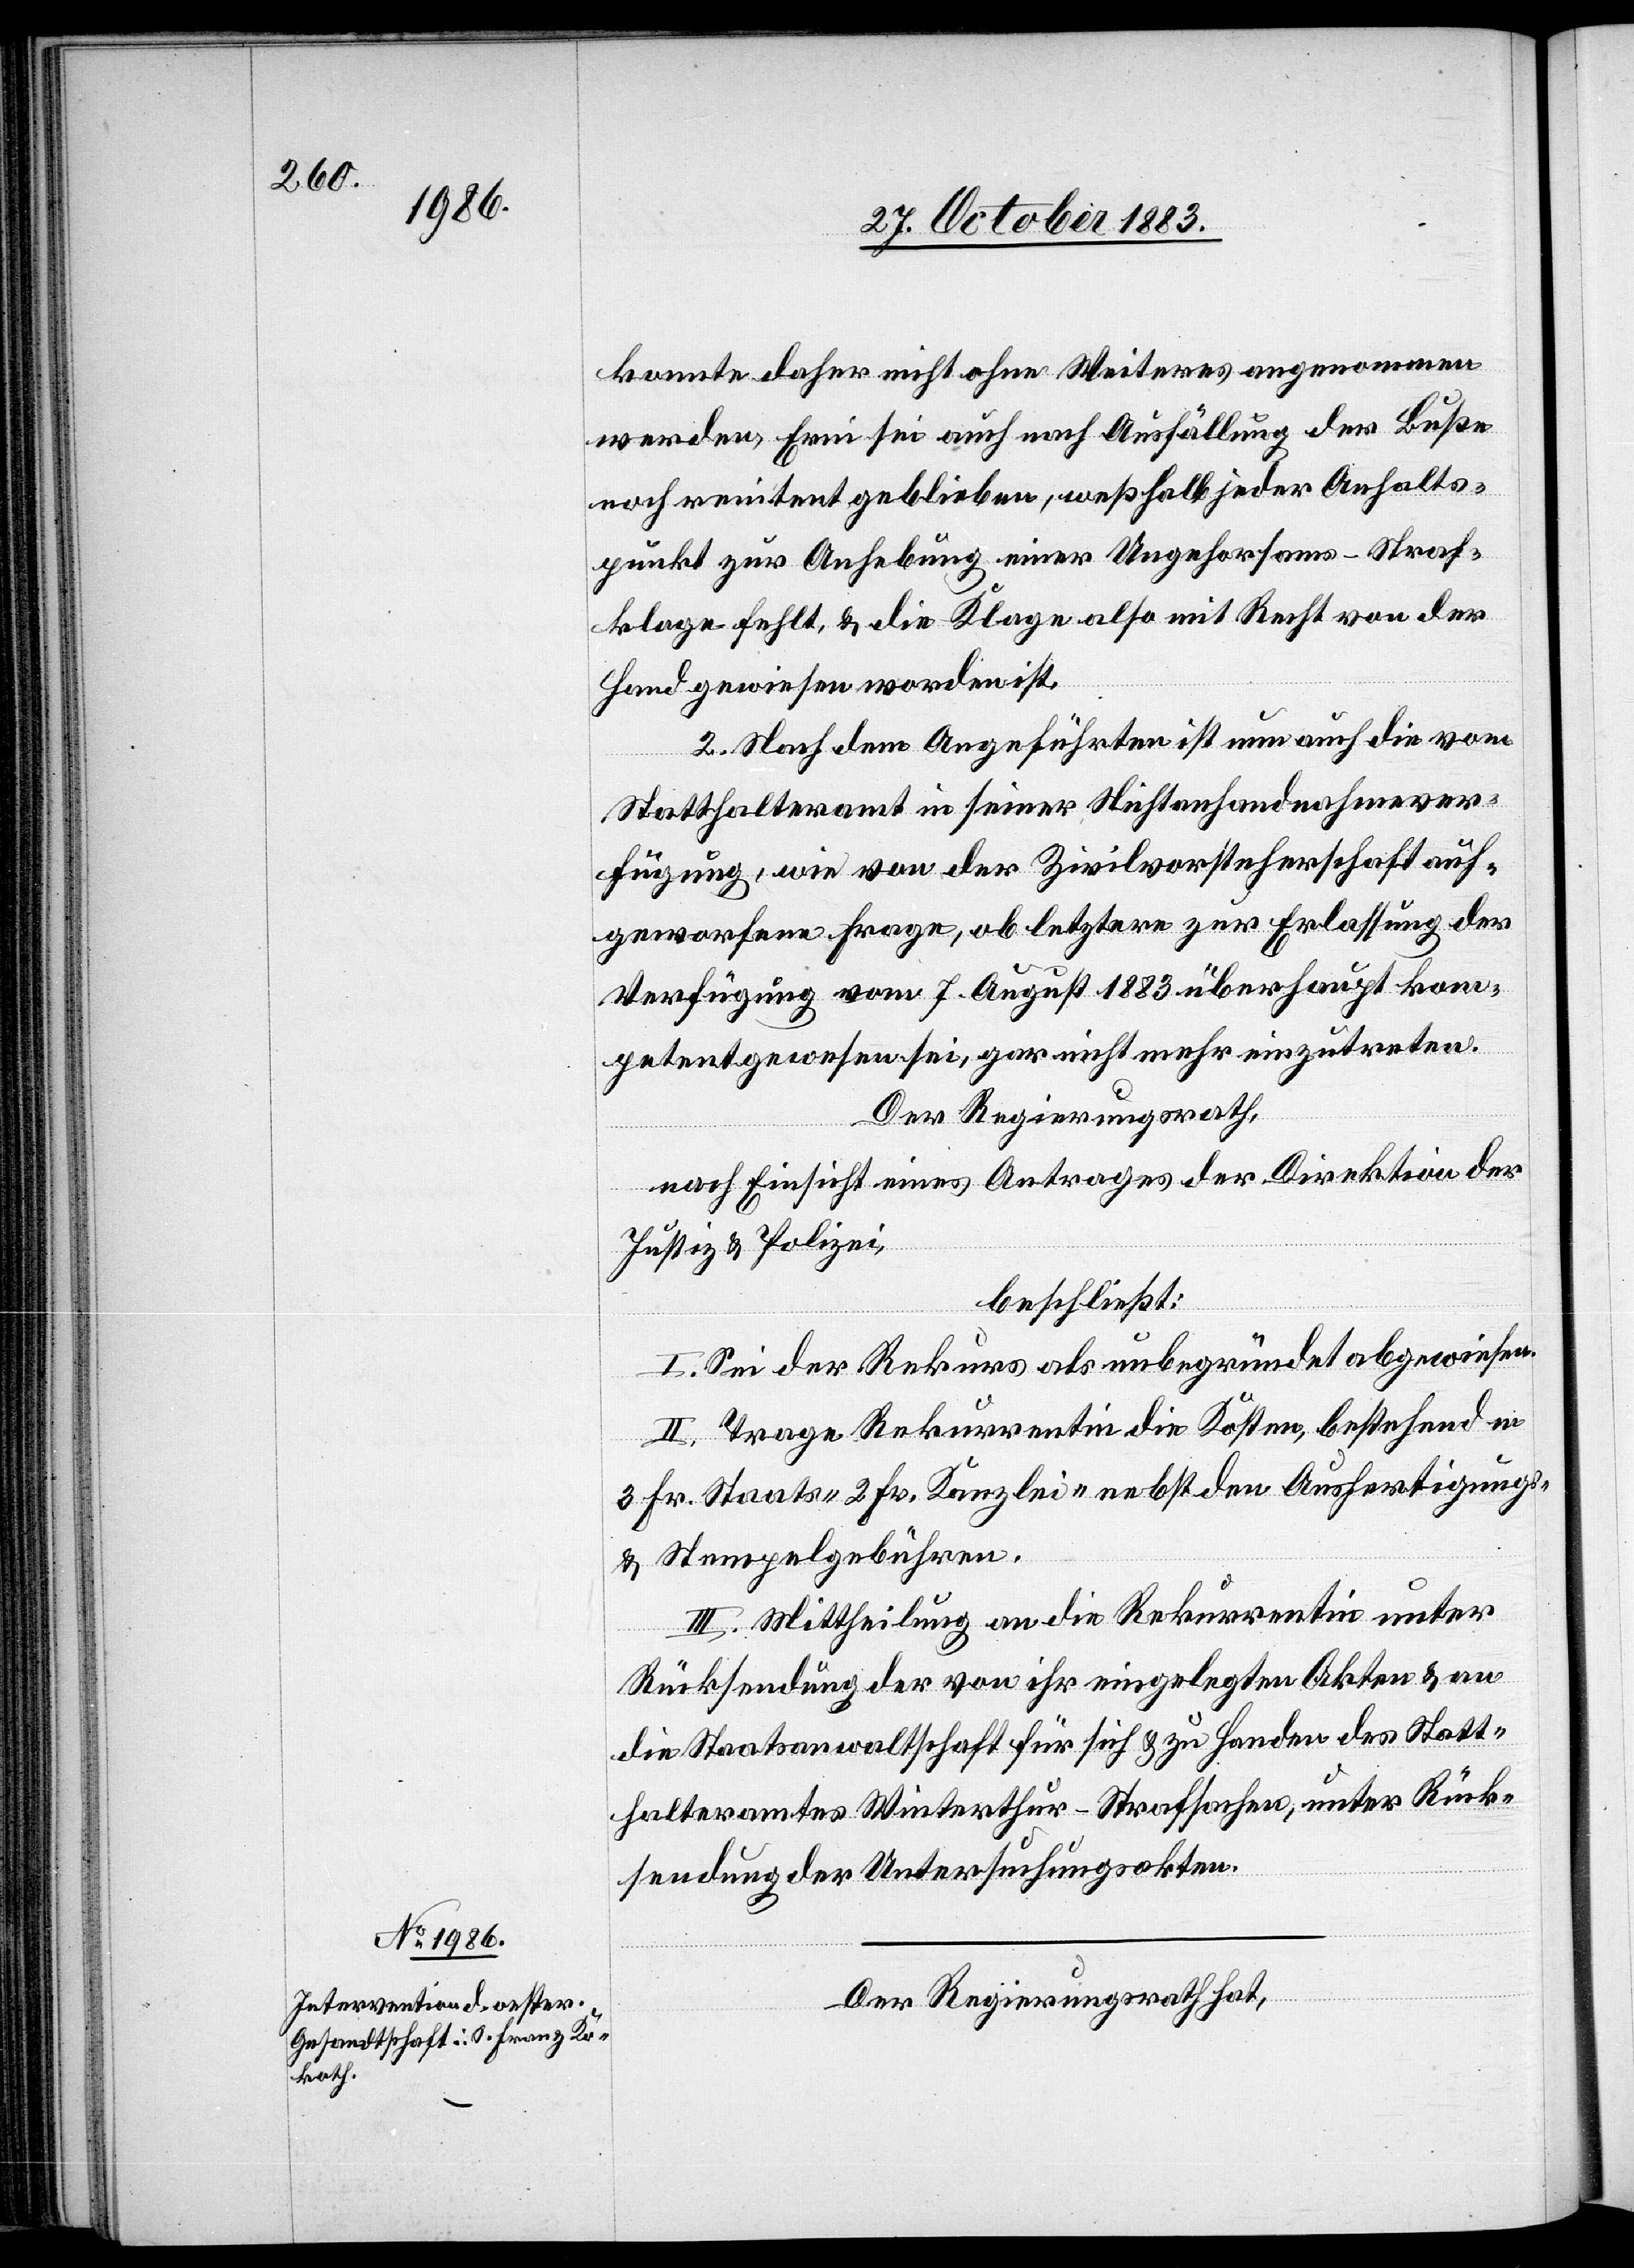
konnte daher nicht ohne Weiteres angenommen
werden, Erni sei auch nach Ausfällung der Buße
noch renitent geblieben, weßhalb jeder Anhalts¬
punkt zur Anhebung einer Ungehorsams-Straf¬
klage fehlt, & die Klage also mit Recht von der
Hand gewiesen worden ist.
2. Nach dem Angeführten ist nun auch die vom
Statthalteramt in seiner Nichtanhandnahmever¬
fügung, wie von der Zivilvorsteherschaft auf¬
geworfene Frage, ob letztere zur Erlassung der
Verfügung vom 7. August 1883 überhaupt kom¬
petent gewesen sei, gar nicht mehr einzutreten.
Der Regierungsrath,
nach Einsicht eines Antrages der Direktion der
Justiz & Polizei,
beschließt:
I. Sei der Rekurs als unbegründet abgewiesen.
II. Trage Rekurrentin die Kosten, bestehend in
3 Fr. Staats-[,] 2 Fr. Kanzlei- nebst den Ausfertigungs-
& Stempelgebühren.
III. Mittheilung an die Rekurrentin unter
Rücksendung der von ihr eingelegten Akten & an
die Staatsanwaltschaft für sich & zu Handen des Statt¬
halteramtes Winterthur - Strafsachen, unter Rück¬
sendung der Untersuchungsakten.
Der Regierungsrath hat,